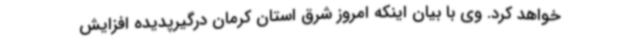
خواهد کرد. وی با بیان اینکه امروز شرق استان کرمان درگیرپدیده افزایش